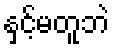
နှင့်မတူဘဲ